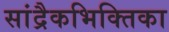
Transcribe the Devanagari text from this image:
सांद्रैकभिक्तिका